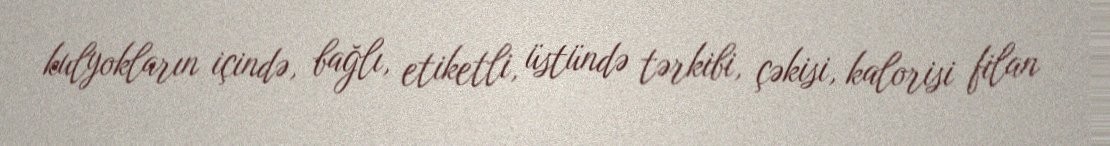
kulyokların içində, bağlı, etiketli, üstündə tərkibi, çəkisi, kalorisi filan